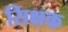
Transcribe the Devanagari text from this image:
सिक्षक